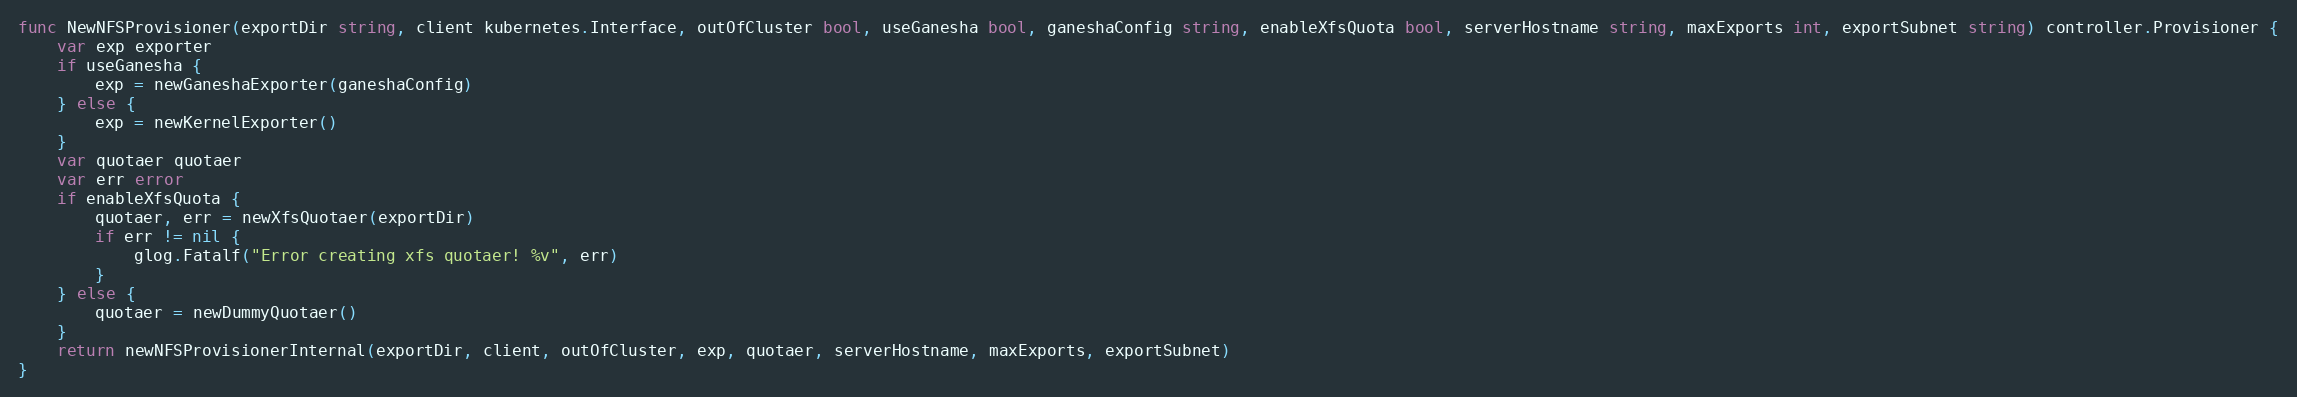
Language: Go
func NewNFSProvisioner(exportDir string, client kubernetes.Interface, outOfCluster bool, useGanesha bool, ganeshaConfig string, enableXfsQuota bool, serverHostname string, maxExports int, exportSubnet string) controller.Provisioner {
	var exp exporter
	if useGanesha {
		exp = newGaneshaExporter(ganeshaConfig)
	} else {
		exp = newKernelExporter()
	}
	var quotaer quotaer
	var err error
	if enableXfsQuota {
		quotaer, err = newXfsQuotaer(exportDir)
		if err != nil {
			glog.Fatalf("Error creating xfs quotaer! %v", err)
		}
	} else {
		quotaer = newDummyQuotaer()
	}
	return newNFSProvisionerInternal(exportDir, client, outOfCluster, exp, quotaer, serverHostname, maxExports, exportSubnet)
}